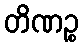
တိဏဉ္စ